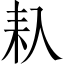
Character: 𠓩